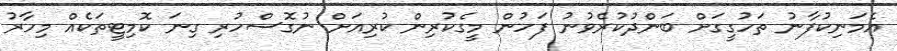
އެމަނިކުފާނު ތަހުގީގަށް ބަންދުކުރެވުނު ފަހުން މީގެކުރިން ކުރިއަށް ނުގޮސްހުރި ގިނަ ކޮމިޓީތަކެއް މިހާރު